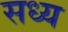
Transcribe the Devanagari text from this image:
सध्य